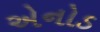
એનોડ